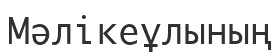
Мәлікеұлының